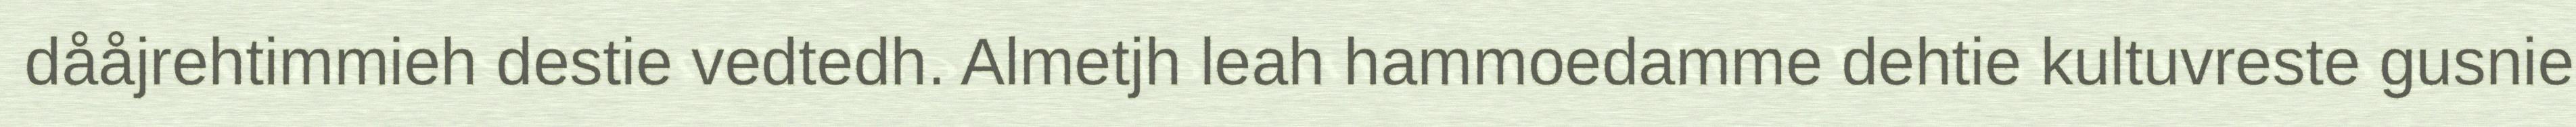
dååjrehtimmieh destie vedtedh. Almetjh leah hammoedamme dehtie kultuvreste gusnie